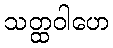
သတ္ထဝါဟေ